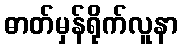
ဓာတ်မှန်ရိုက်လူနာ